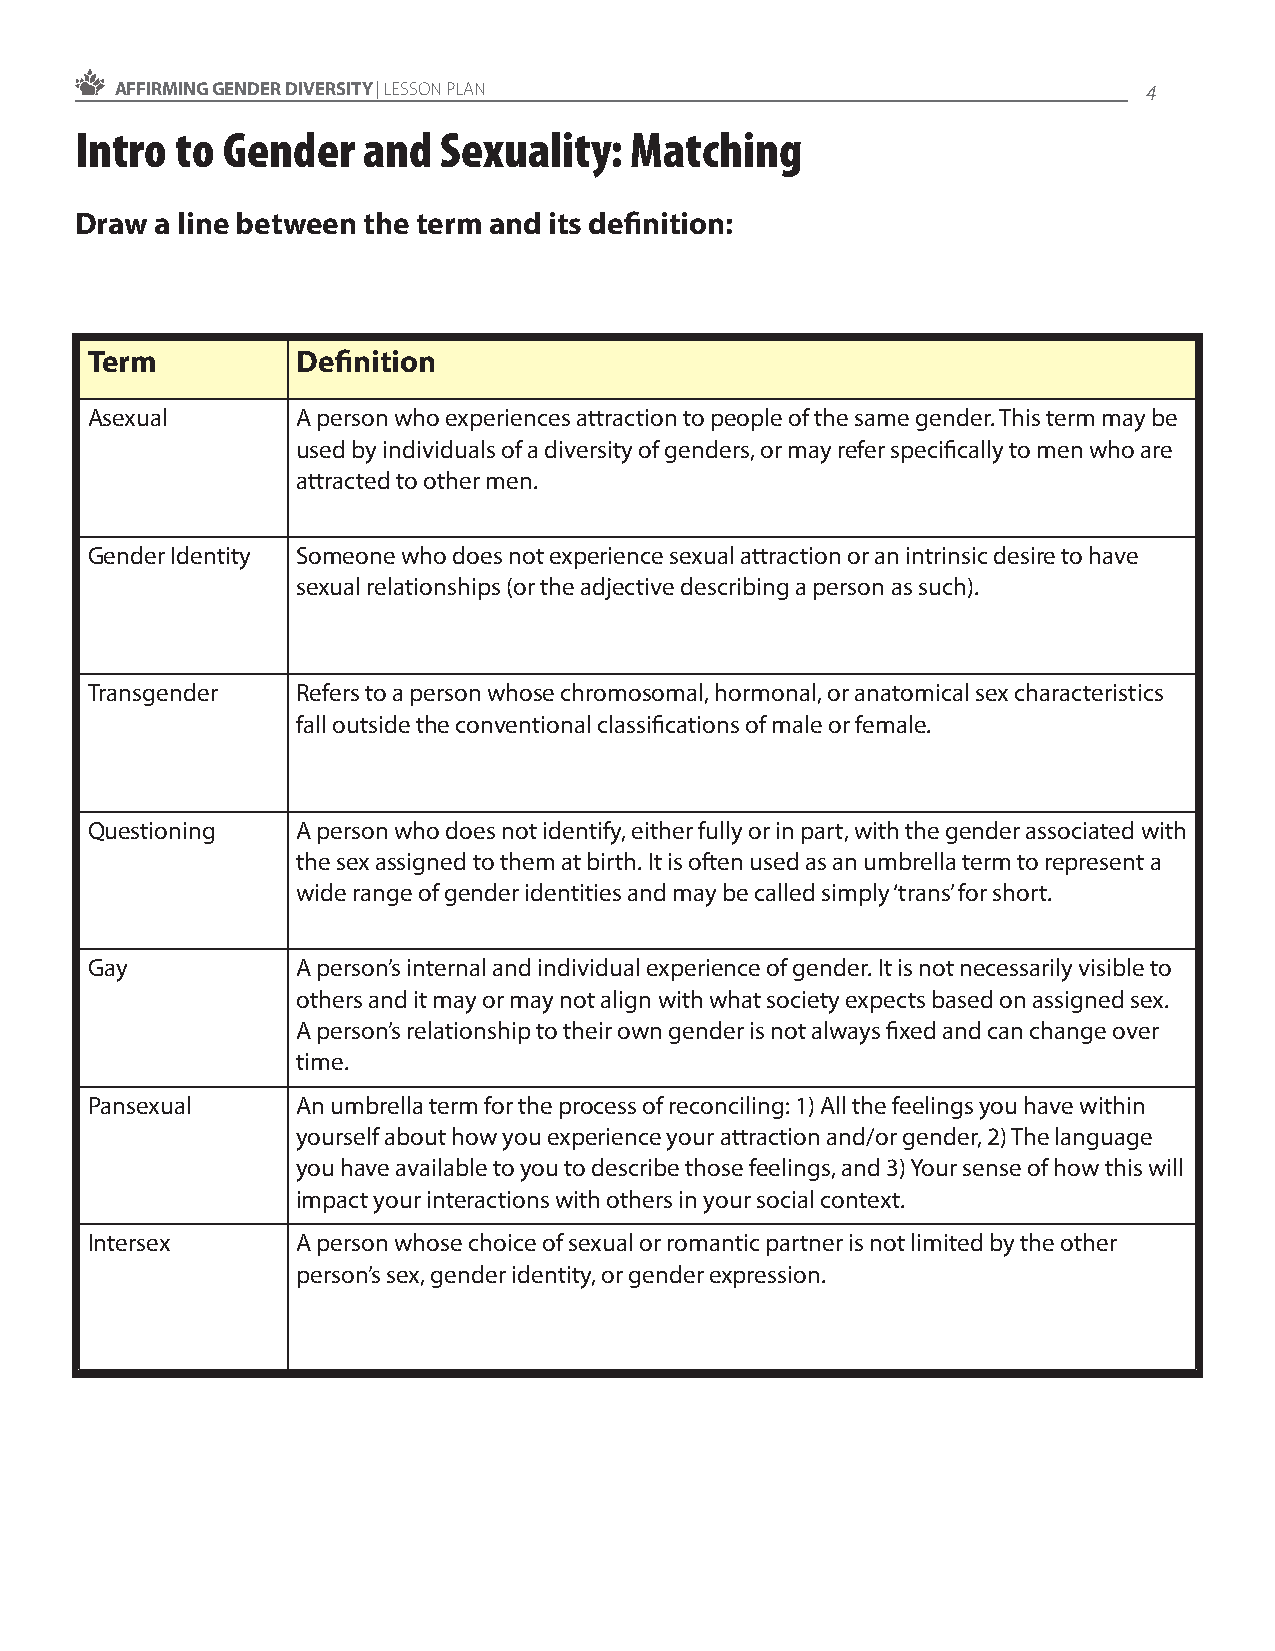
AFFIRMING GENDER DIVERSITY | LESSON PLAN                            4
 Intro  to Gender   and  Sexuality:   Matching
 Draw a line between the term and its definition:
 Term          Definition
 Asexual       A person who experiences attraction to people of the same gender. This term may be
 used by individuals of a diversity of genders, or may refer specifically to men who are
 attracted to other men.
 Gender Identity Someone who does not experience sexual attraction or an intrinsic desire to have
 sexual relationships (or the adjective describing a person as such).
 Transgender   Refers to a person whose chromosomal, hormonal, or anatomical sex characteristics
 fall outside the conventional classifications of male or female.
 Questioning   A person who does not identify, either fully or in part, with the gender associated with
 the sex assigned to them at birth. It is often used as an umbrella term to represent a
 wide range of gender identities and may be called simply ‘trans’ for short.
 Gay           A person’s internal and individual experience of gender. It is not necessarily visible to
 others and it may or may not align with what society expects based on assigned sex.
 A person’s relationship to their own gender is not always fixed and can change over
 time.
 Pansexual     An umbrella term for the process of reconciling: 1) All the feelings you have within
 yourself about how you experience your attraction and/or gender, 2) The language
 you have available to you to describe those feelings, and 3) Your sense of how this will
 impact your interactions with others in your social context.
 Intersex      A person whose choice of sexual or romantic partner is not limited by the other
 person’s sex, gender identity, or gender expression.